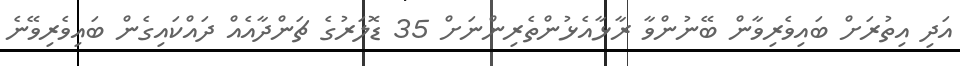
އަދި އިތުރަށް ބައިވެރިވާން ބޭނުންވާ ރާޅާއެޅުންތެރިންނަށް 35 ޑޮލަރުގެ ޗަންދާއެއް ދައްކައިގެން ބައިވެރިވޭނެ